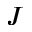
J